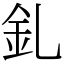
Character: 釓